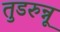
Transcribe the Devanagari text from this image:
तुडरुन्नू